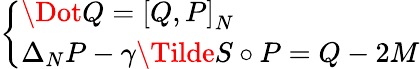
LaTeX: \left\{ \begin{array}{ll}{\Dot{Q}=\left[Q,P\right]_{N}}\\ {\Delta_{N}P-\gamma\Tilde{S}\circ P=Q-2M}\end{array}\right.